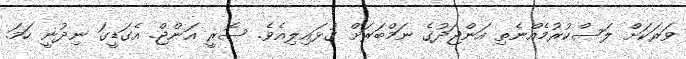
ވަރަކަށް ލަސްކުރުމެއްނެތި އަންޖަދުގެ ނަމްބަރަށް ގުޅައިލިއެވެ. ސޮރީ އަންޖް. އެގަޑީގަ ނިދުނީ ހަމަ.